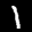
Label: 1